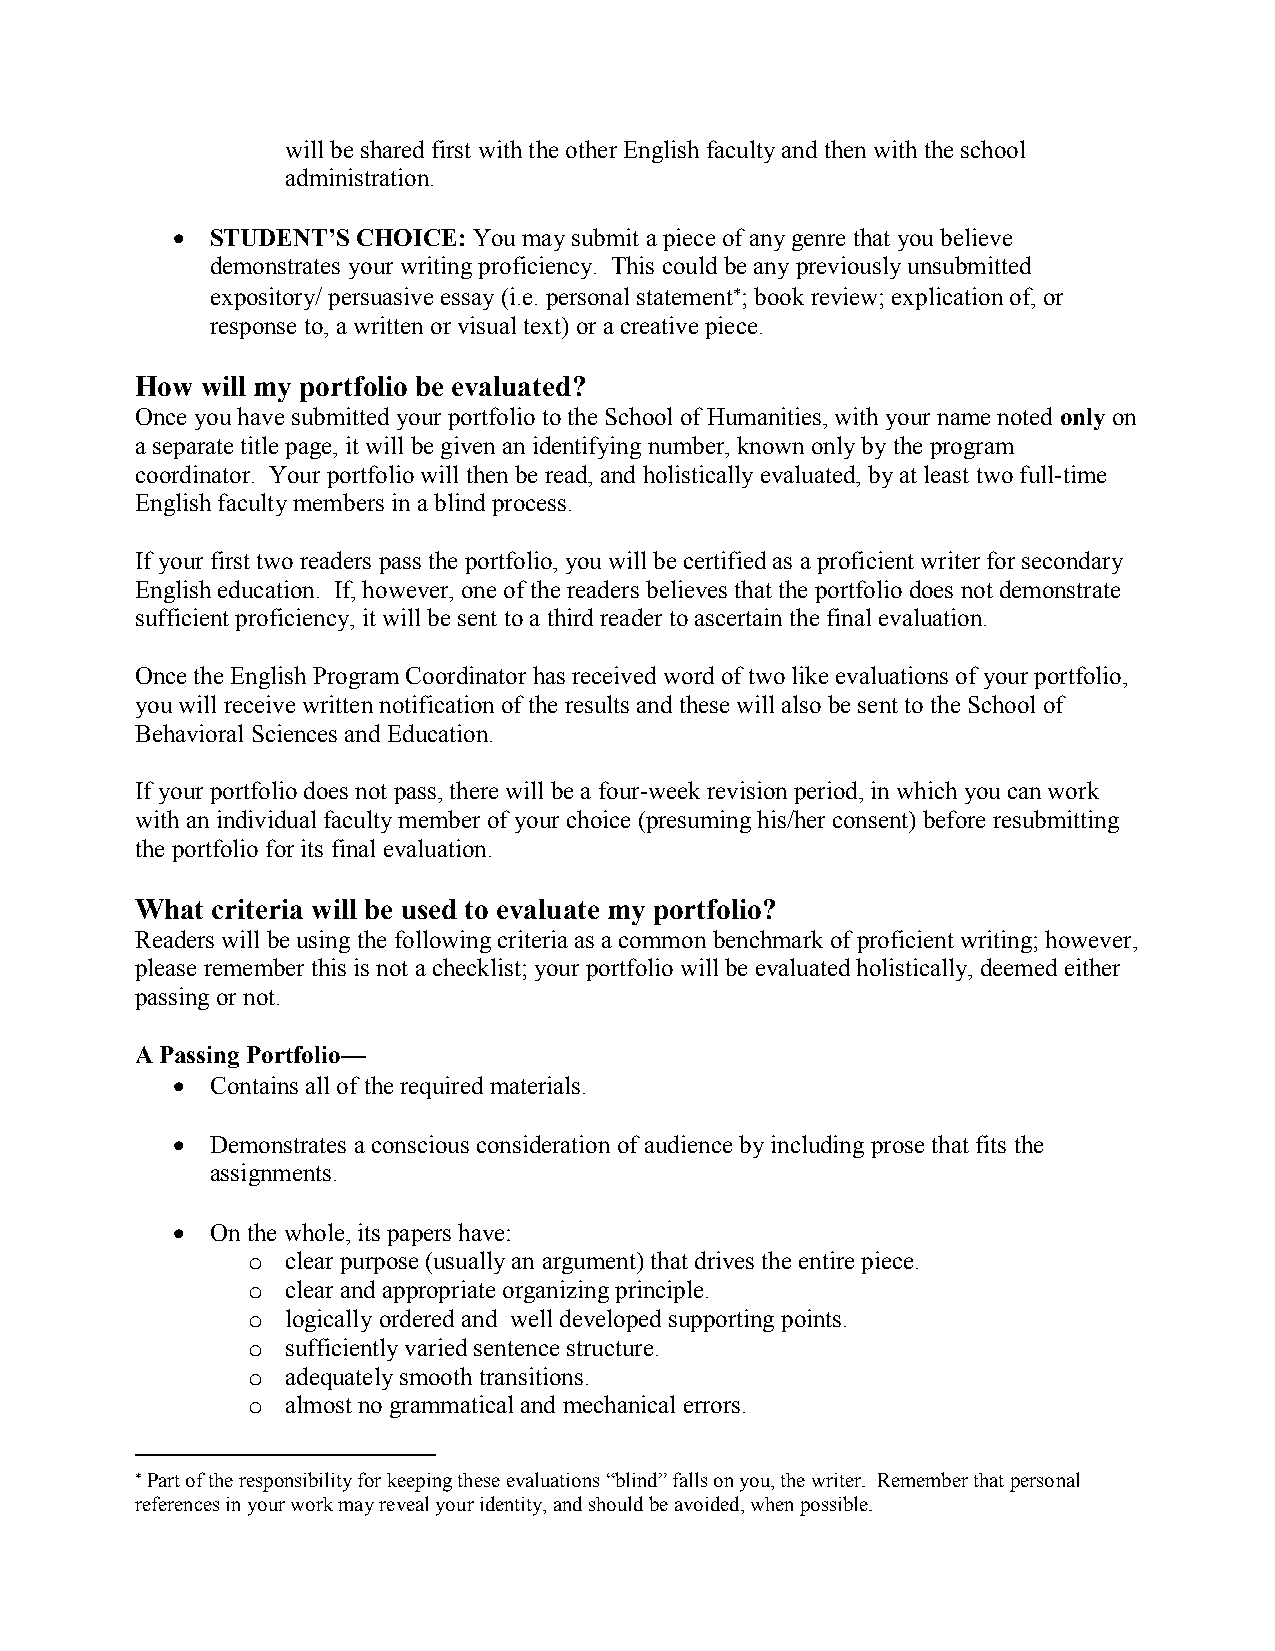
will be shared first with the other English faculty and then with the school
 administration.
   STUDENT’S CHOICE: You may submit a piece of any genre that you believe
 demonstrates your writing proficiency. This could be any previously unsubmitted
 expository/ persuasive essay (i.e. personal statement; book review; explication of, or
 response to, a written or visual text) or a creative piece.
 How will my portfolio be evaluated?
 Once you have submitted your portfolio to the School of Humanities, with your name noted only on
 a separate title page, it will be given an identifying number, known only by the program
 coordinator. Your portfolio will then be read, and holistically evaluated, by at least two full-time
 English faculty members in a blind process.
 If your first two readers pass the portfolio, you will be certified as a proficient writer for secondary
 English education. If, however, one of the readers believes that the portfolio does not demonstrate
 sufficient proficiency, it will be sent to a third reader to ascertain the final evaluation.
 Once the English Program Coordinator has received word of two like evaluations of your portfolio,
 you will receive written notification of the results and these will also be sent to the School of
 Behavioral Sciences and Education.
 If your portfolio does not pass, there will be a four-week revision period, in which you can work
 with an individual faculty member of your choice (presuming his/her consent) before resubmitting
 the portfolio for its final evaluation.
 What criteria will be used to evaluate my portfolio?
 Readers will be using the following criteria as a common benchmark of proficient writing; however,
 please remember this is not a checklist; your portfolio will be evaluated holistically, deemed either
 passing or not.
 A Passing Portfolio—
   Contains all of the required materials.
   Demonstrates a conscious consideration of audience by including prose that fits the
 assignments.
   On the whole, its papers have:
 o  clear purpose (usually an argument) that drives the entire piece.
 o  clear and appropriate organizing principle.
 o  logically ordered and well developed supporting points.
 o  sufficiently varied sentence structure.
 o  adequately smooth transitions.
 o  almost no grammatical and mechanical errors.
  Part of the responsibility for keeping these evaluations “blind” falls on you, the writer. Remember that personal
 references in your work may reveal your identity, and should be avoided, when possible.